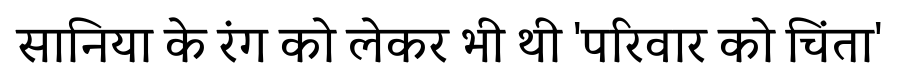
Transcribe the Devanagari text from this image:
सानिया के रंग को लेकर भी थी 'परिवार को चिंता'